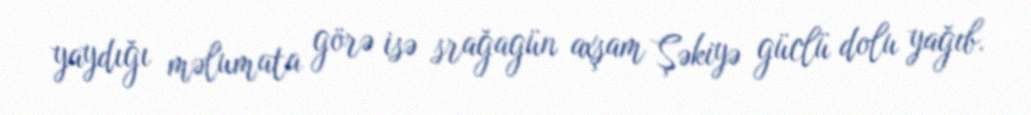
yaydığı məlumata görə isə srağagün axşam Şəkiyə güclü dolu yağıb.